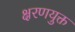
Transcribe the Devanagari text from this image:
क्षरणयुक्त